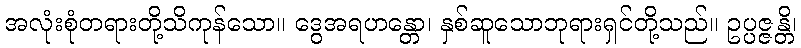
အလုံးစုံတရားတို့သိကုန်သော။ ဒွေအရဟန္တော၊ နှစ်ဆူသောဘုရားရှင်တို့သည်။ ဥပ္ပဇ္ဇန္တိ၊